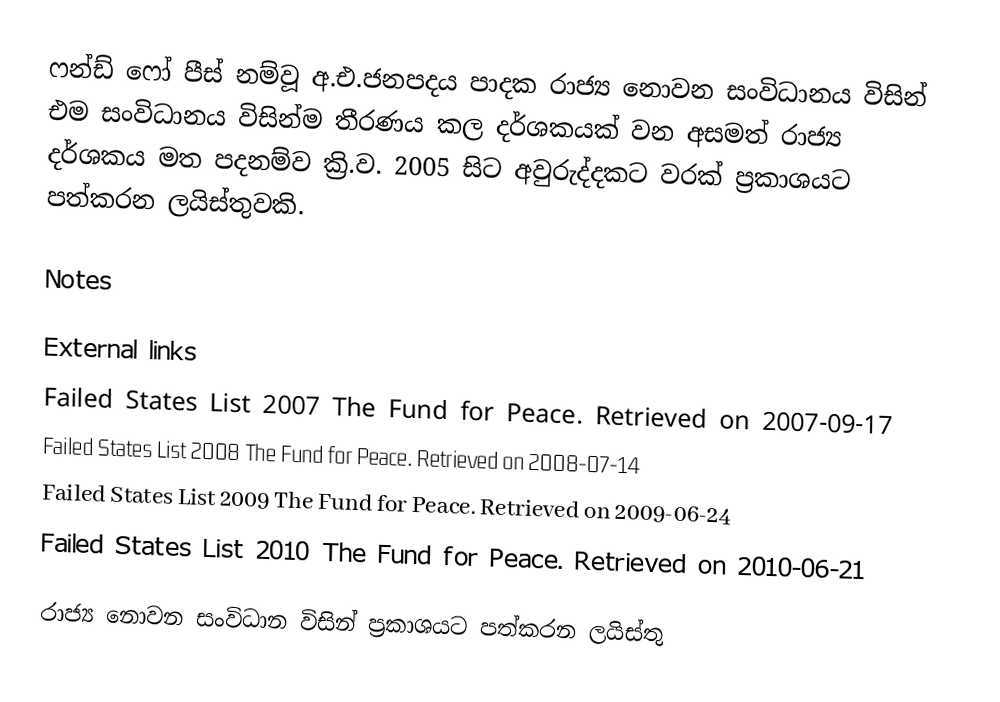
ෆන්ඩ් ෆෝ පීස් නම්වූ අ.එ.ජනපදය පාදක රාජ්‍ය නොවන සංවිධානය විසින් එම සංවිධානය විසින්ම තීරණය කල දර්ශකයක් වන අසමත් රාජ්‍ය දර්ශකය මත පදනම්ව ක්‍රි.ව. 2005 සිට  අවුරුද්දකට වරක් ප්‍රකාශයට පත්කරන ලයිස්තුවකි.

Notes

External links
 Failed States List 2007 The Fund for Peace. Retrieved on 2007-09-17
 Failed States List 2008 The Fund for Peace. Retrieved on 2008-07-14
 Failed States List 2009 The Fund for Peace. Retrieved on 2009-06-24
 Failed States List 2010 The Fund for Peace. Retrieved on 2010-06-21

රාජ්‍ය නොවන සංවිධාන විසින් ප්‍රකාශයට පත්කරන ලයිස්තු